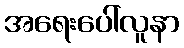
အရေးပေါ်လူနာ